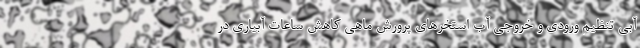
آبی تنظیم ورودی و خروجی آب استخرهای پرورش ماهی کاهش ساعات آبیاری در